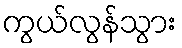
ကွယ်လွန်သွား